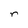
Character: r